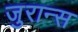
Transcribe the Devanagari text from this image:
जुरान्स